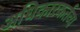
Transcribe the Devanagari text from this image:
अधिकारकर्तव्य